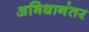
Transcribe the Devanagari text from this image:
अभिधानंतर